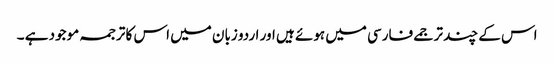
اس کے چند ترجمے فارسی میں ہوئے ہیں اور اردو زبان میں اس کا ترجمہ موجود ہے ۔